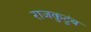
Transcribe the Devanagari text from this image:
राजकुटुंब